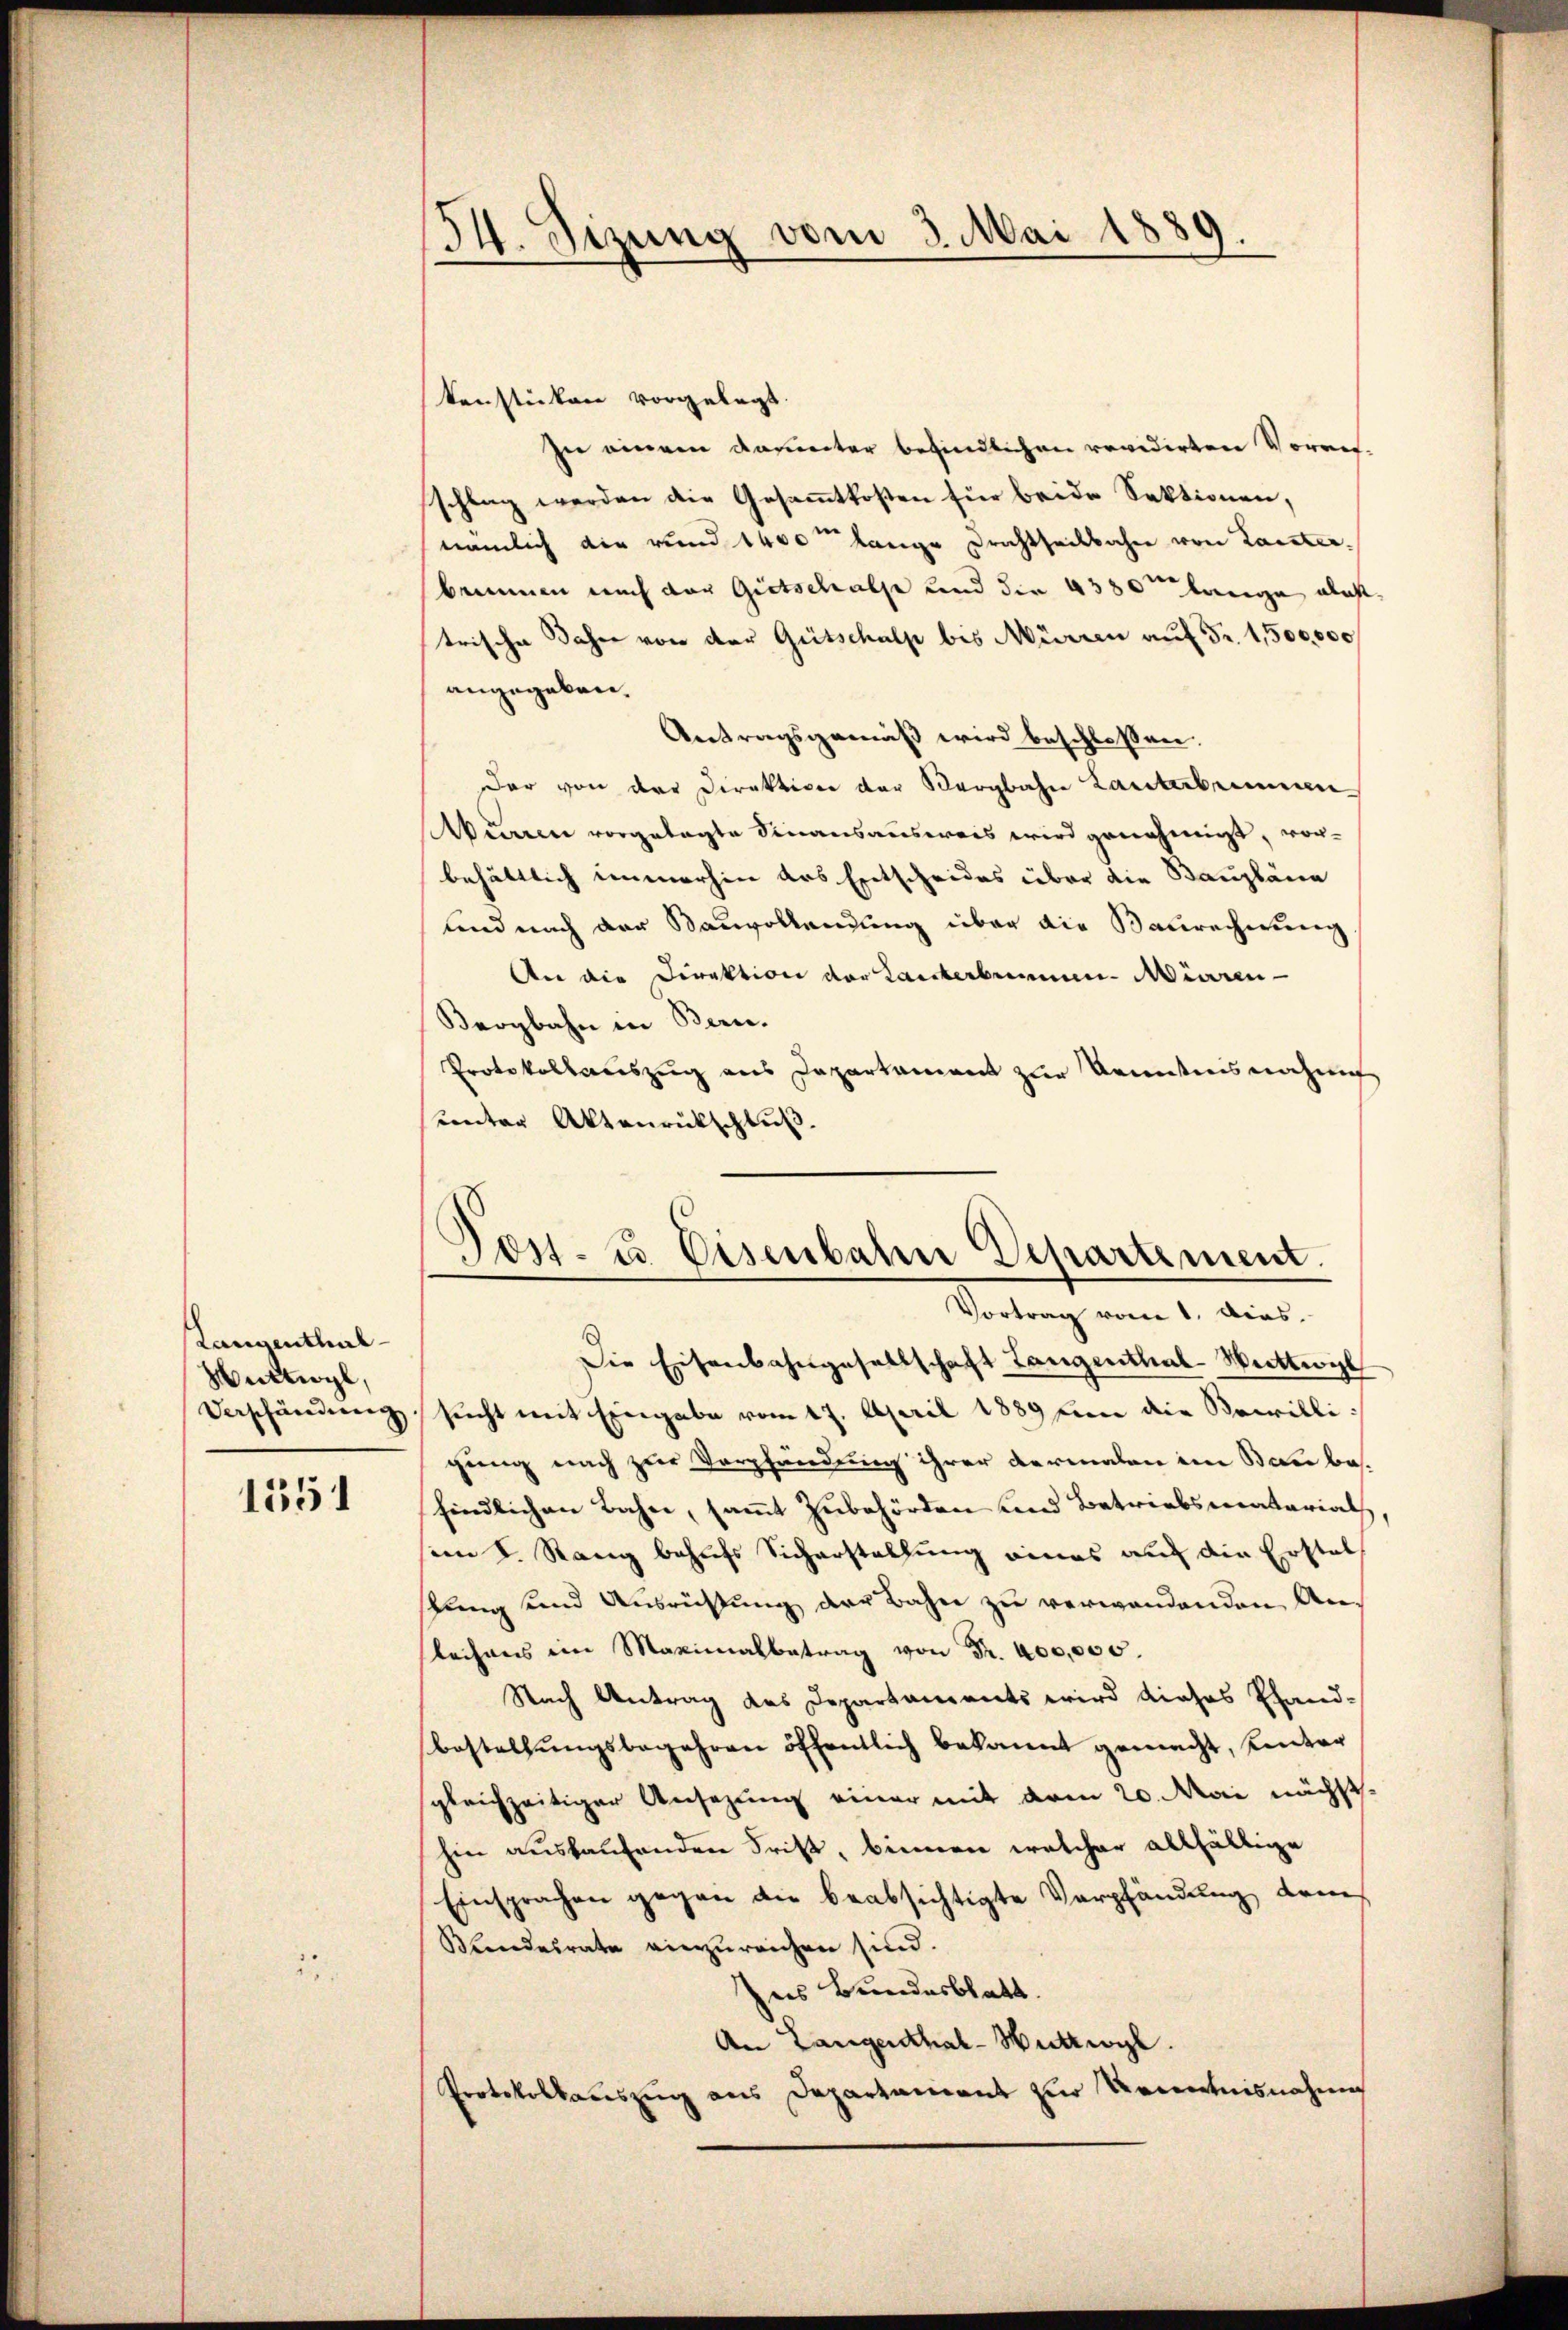
Langenthal¬
Huttwyl,

1551

kenstücken vorgelegt.
In einem darunter befindlichen revidirten Vorres-
schlag werden die Gesammtkosten für beide Sektionen,
nämlich die rund 1400 lange Drachtheilbahn von Lauter,
brunnen nach der Gietschalpe und die 4380m lange alast
trische daher von der Gütschalp bis Mürren auf Fr. 1,500,000
angegeben.
Antragsgemäß wird beschlossen:
dar von der Direktion der Bergbahn Lanterbenen
Akdarme vorgelegte Sinausausweis wird genehmigt, vorbehältlich immerhin das Entscheides über die Baupläne
und nach der Bauvollendung über die Baurechnung
An die Direktion der Kanterberein Mürren
Bergbahn in Bern.
Protokollauszug aus Dapartament zur Kenntnisnahme
unter Aktenrückschluß.

34. Sizung vom 3. Mai 1889
.

Post- u. Eisenbahn Departement.
Vortrag vom 1. dies

Die Eisenbahngesellschaft Langenthal-Wattwyl
Verschändŭng, sŭcht mit Eingabe vom 17. April 1889 in die Bewilligung nach zur Verpfändung ihrer dermalen im Beerbafindlichen Bahn, samt Zubehörden und Betriebsmaterialh
seen S. Rang behufs Sicherstellung eines auf die Erstel¬
Pang und Ausrüstung der Bahn zu verwendenden Anleihens im Maximalbetrag von Fr. 400,000.
Nach Antrag des Departaments wird dieses Pfand-
bestellungsbegehren öffentlich bekannt gemacht, hinter
sgleichzeitiger Ansezung einer mit vom 20. Mai nächsthin auskaufenden Frist, binnen welcher allfällige
Einsprachen gegen die beabsichtigte Verpfändung dem
Kindesrate einzŭreichen sind.
Ins Bundesblatt.
An Langenthal-Huttwyl.
Protokollauszug aus Departament zur Kenntnisnahme